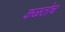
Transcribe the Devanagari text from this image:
कळतोच